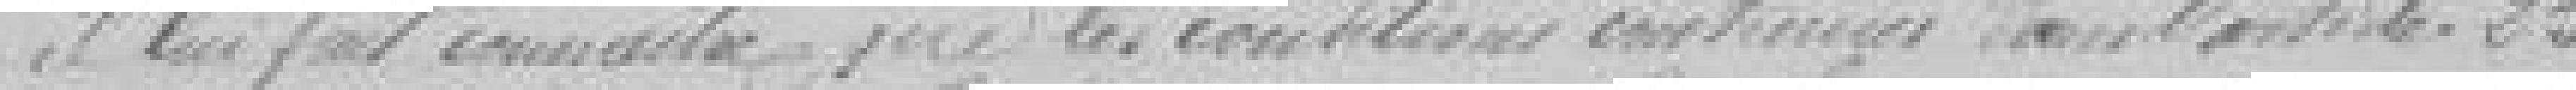
il lui fait connaître que les conditions contenues dans l'article 25